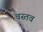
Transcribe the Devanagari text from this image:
वस्तव